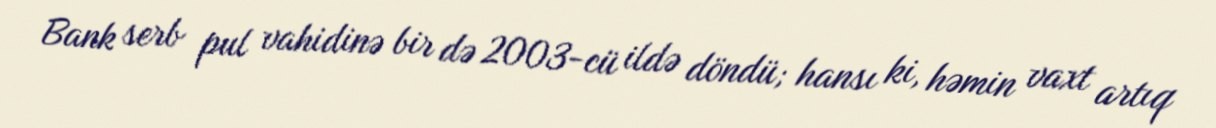
Bank serb pul vahidinə bir də 2003-cü ildə döndü; hansı ki, həmin vaxt artıq